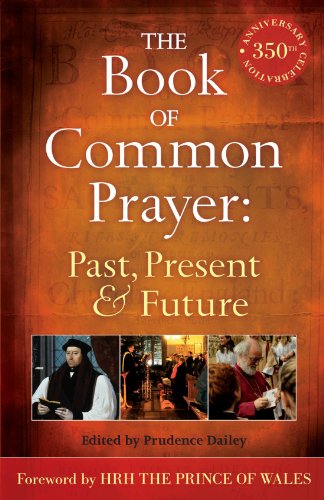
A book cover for The Book of Common Prayer: Past, Present and Future: A 350th Anniversary Celebration; Christian Books & Bibles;